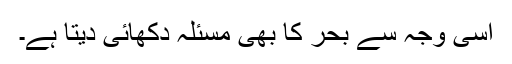
اسی وجہ سے بحر کا بھی مسئلہ دکھائی دیتا ہے۔